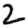
Digit: 2